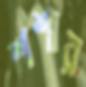
শশার